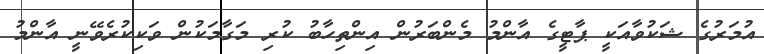
އުމަރުގެ ޝަކުވާއަކީ ޕާޓީގެ އާންމު މެންބަރުން އިންތިހާބު ކުރި މަގާމަކުން ވަކިކުރެވޭނީ އާންމު